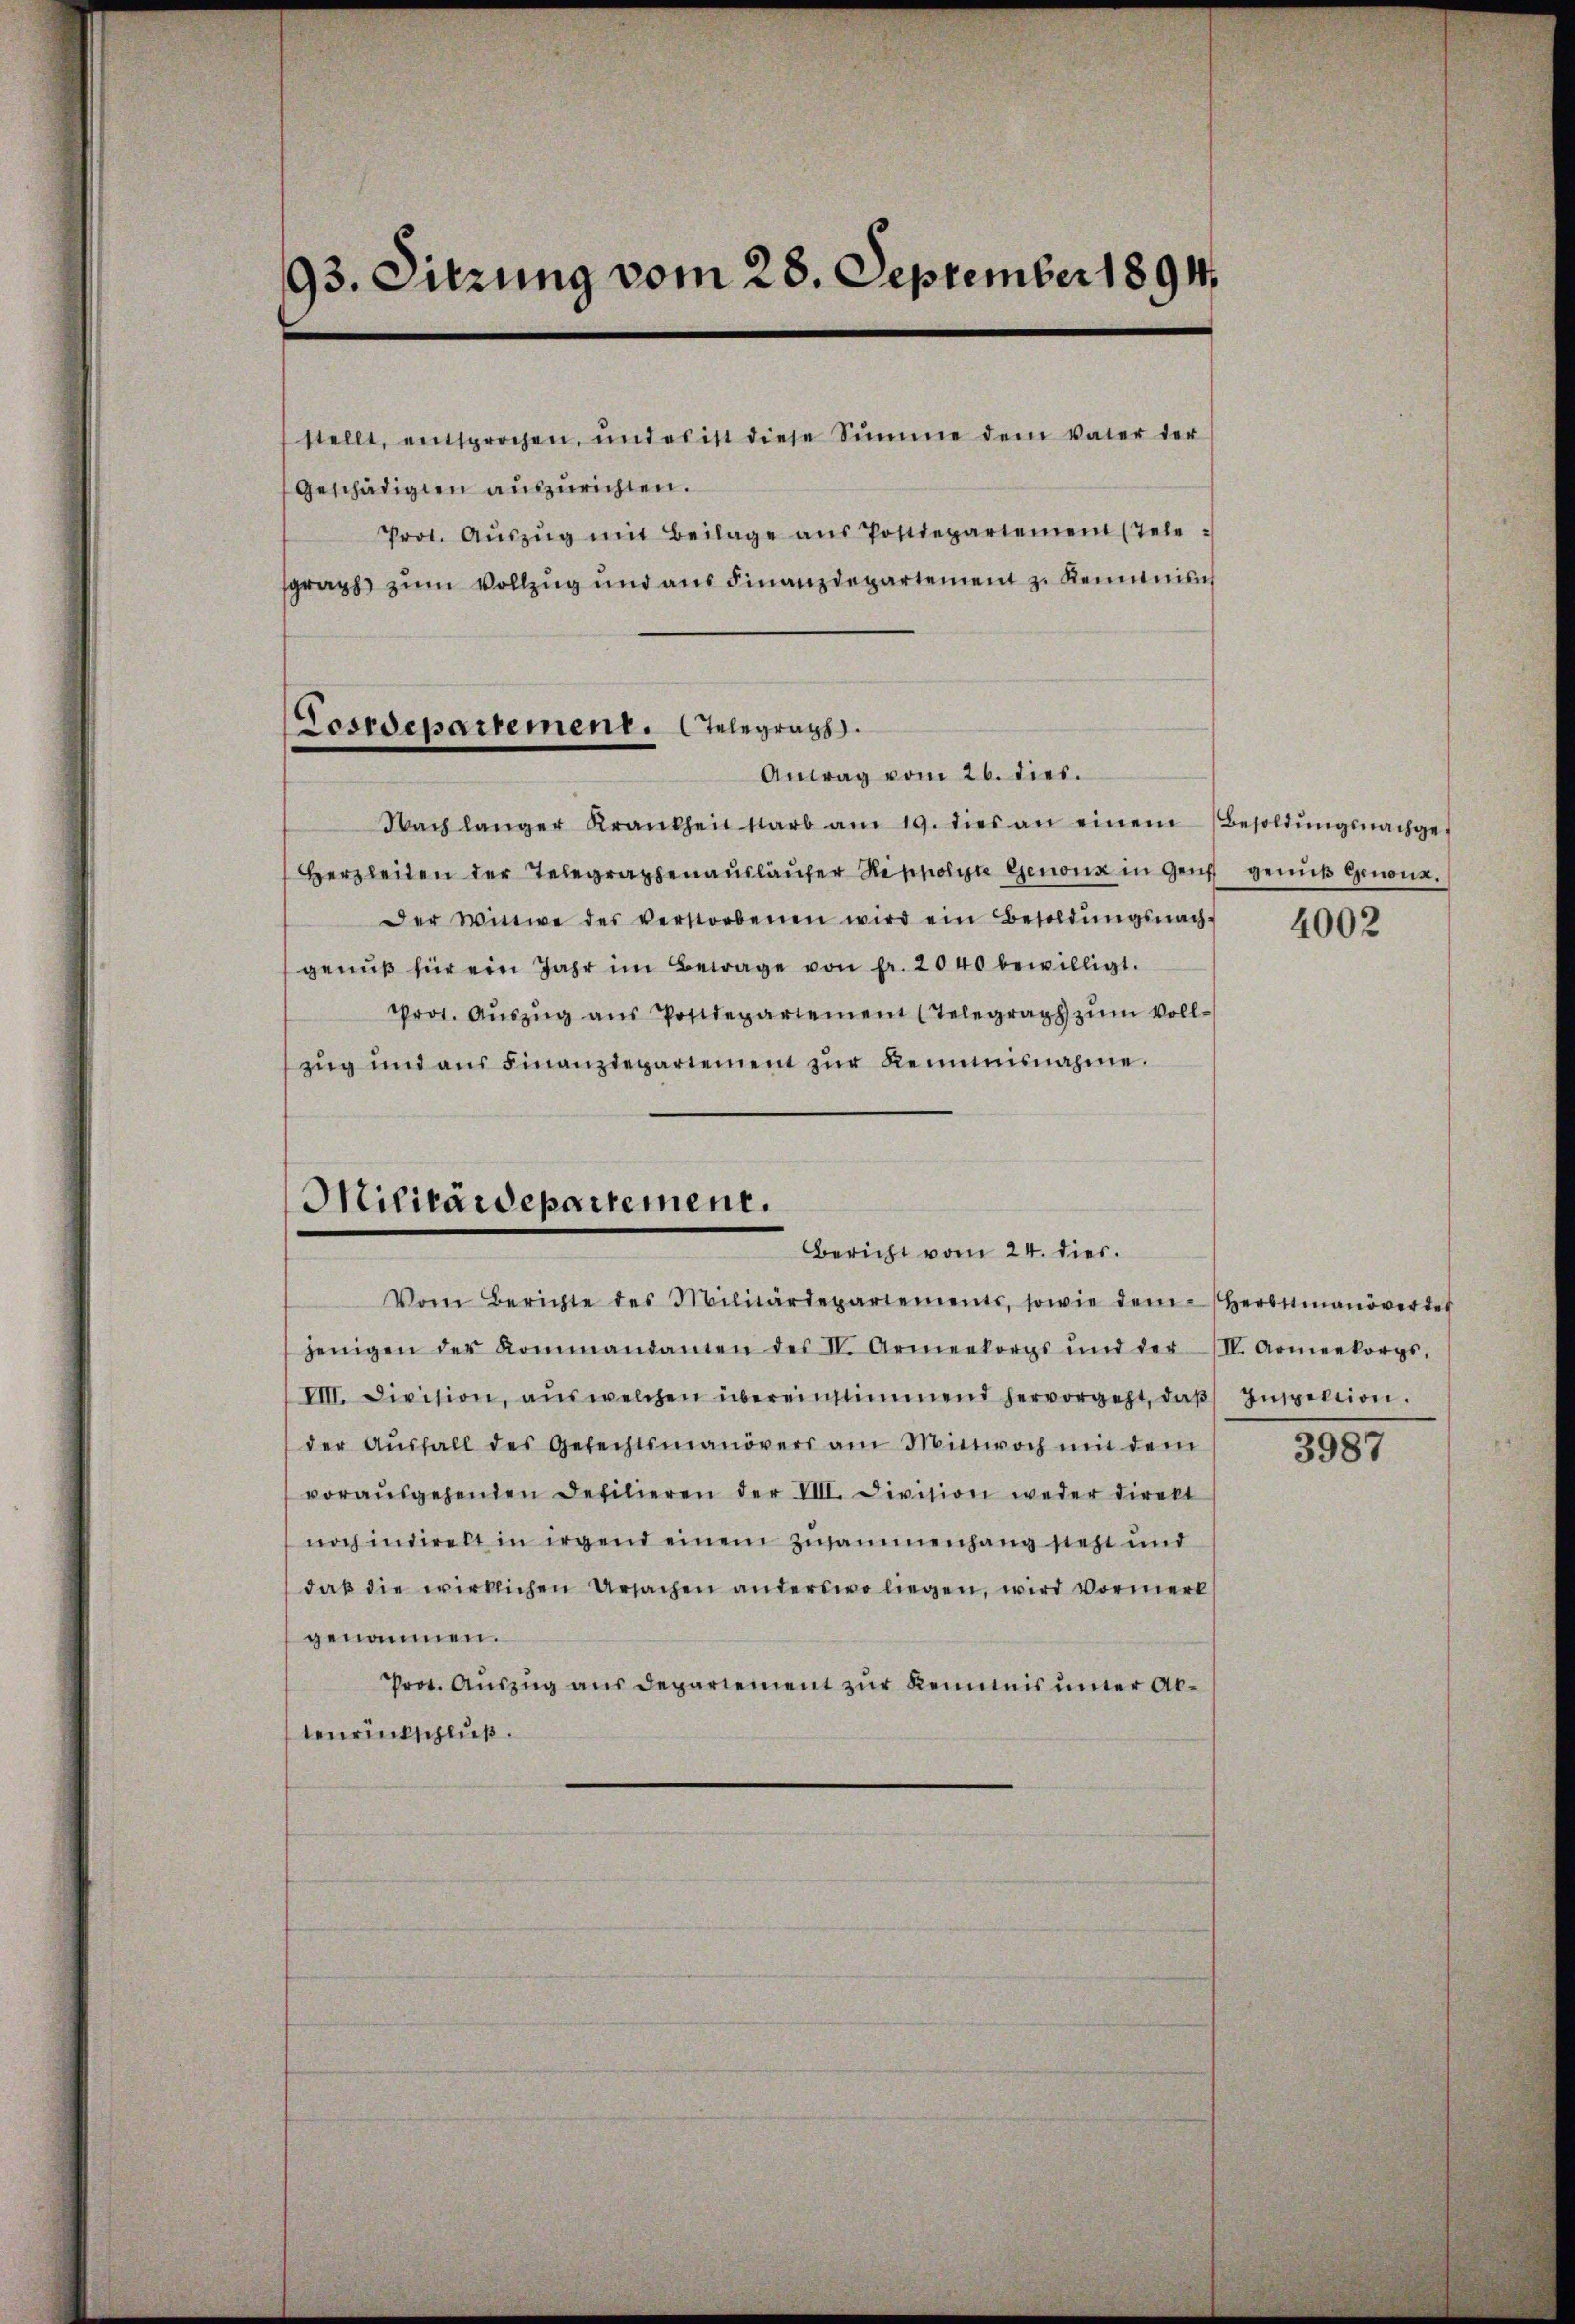
93. Sitzung vom 28. September 1894,
stellt, entsprochen, und es ist diese Summe dem vater der
Geschädigten auszurichten.
Prot. Aŭszŭg mit Beilage ans Postdepartement (Tele
sgraph zum Vollzug und aus Finanzdepartement zu Kenntnis

Fosrdepartement. Telegraph
Antrag vom 26. dies.

Nach langer Krankheit starb am 19. dies an einem Besoldŭngsnachge-
Herzleiten der Telegraphenaŭslaŭfer Respolite Genonz in Genf genuß genone.
Der Witwe des verstorbenen wird ein Besoldŭngsnach-
genŭβ für ein Jahr im Berage von Fr. 2040 bewilligt.
Prot. Aŭszŭg aŭs Postdepartement (Telegraph zŭm Voll-
zug und aus Finanzdepartement zur Remmnisnahme.

Militärdepartement.
Bericht vom 24. dies.

Vom Berichte des Militärdepartements, sowie dem Herbstmanöverdet
jenigen der Kommandanten des IV. Armeekorps und der II. Armeekorps,
VIII. Division, aŭswelchen übereinstimmend hervorgeht, daβ Inspektion.
der Aŭsfall des Gefechtsmanövers am Mittwoch mit dem
vorausgehenden Defilieren der VIII. Division weder direkt
noch indirekt in irgend einem Zusammenhang steht und
daß die wirklichen Ursachen anderswo liegen, wird Vormerk
genommen.
Prot. Auszug aus Departement zur Kemnis uner Abtenrückschluß.

4002

3987